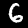
Label: 6